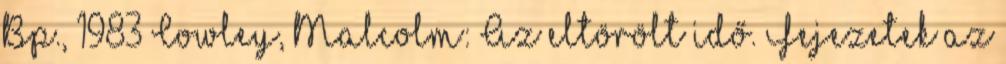
Bp., 1983 Cowley, Malcolm: Az eltörölt idő. Fejezetek az